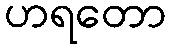
ဟရတော